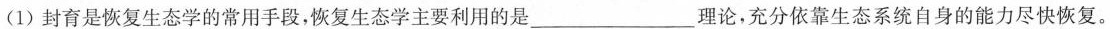
(1)封育是恢复生态学的常用手段，恢复生态学主要利用的是___理论，充分依靠生态系统自身的能力尽快恢复。